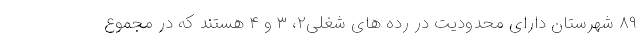
۸۹ شهرستان دارای محدودیت در رده های شغلی۲، ۳ و ۴ هستند که در مجموع